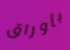
بأوراق